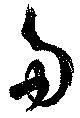
多